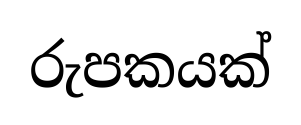
රුපකයක්